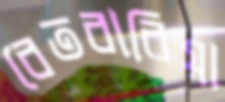
বেতবারিয়া